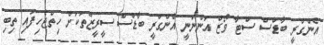
އެންގްރީ ބާޑްސް ސްޓާ ވޯޒް އަންނަނީ އެންގްރީ ބާޑްސް ސީރީޒްތަކަށް ހިތްޖެހިފައި ތިބި